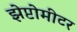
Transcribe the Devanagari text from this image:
झेप्टोमीटर